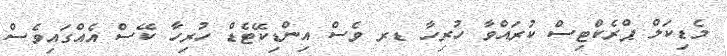
މެޑިކަލް ޕްރެކްޓިސް ކުރައްވާ ހުރިހާ ޑރ ވެސް އިންޑިކޭޓެޑް ހުރިހާ ކޭސް އެއްގައިވެސް